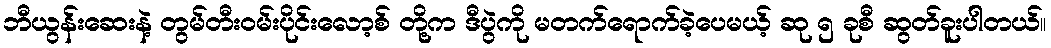
ဘီယွန်းဆေးနဲ့ တွမ်တီးဝမ်းပိုင်းလော့စ် တို့က ဒီပွဲကို မတက်ရောက်ခဲ့ပေမယ့် ဆု ၅ ခုစီ ဆွတ်ခူးပါတယ်။